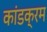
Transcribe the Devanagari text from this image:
कांडक्रम